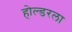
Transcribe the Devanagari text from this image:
होल्डरला